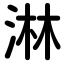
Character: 淋